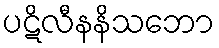
ပဋိလီနနိသဘော